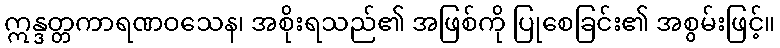
ဣန္ဒတ္တကာရဏဝသေန၊ အစိုးရသည်၏ အဖြစ်ကို ပြုစေခြင်း၏ အစွမ်းဖြင့်။